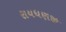
રાયધણજી